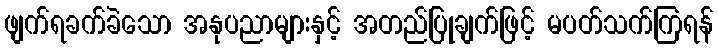
ဖျက်ရခက်ခဲသော အနုပညာများနှင့် အတည်ပြုချက်ဖြင့် မပတ်သက်ကြရန်